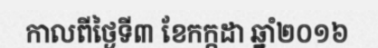
កាលពីថ្ងៃទី៣ ខែកក្កដា ឆ្នាំ២០១៦